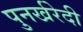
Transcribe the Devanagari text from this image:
पुनर्खरेदी